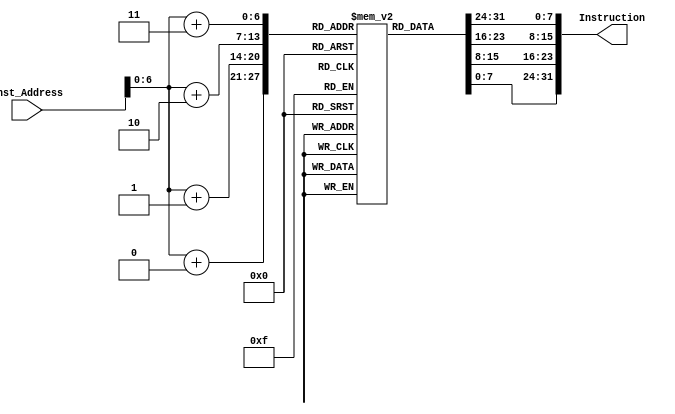
`timescale 1ns / 1ps

module Instruction_memory
(
input [63:0] Inst_Address,
output reg [31:0] Instruction
);
reg [7:0] inst_mem [87:0];// we will make it bigger as per the memory required
initial
begin
//addi x18 x0, 0
       {inst_mem[3], inst_mem[2], inst_mem[1], inst_mem[0]} = 32'h00000913;//4
//add x8, x0, x0
      {inst_mem[7], inst_mem[6], inst_mem[5], inst_mem[4]} =  32'h00000433;//8
//BEQ x8 x11 16
      {inst_mem[11], inst_mem[10], inst_mem[9], inst_mem[8]} = 32'h04b40863;//12
//add x29, x0, x8
      {inst_mem[15], inst_mem[14], inst_mem[13], inst_mem[12]} = 32'h00800eb3;//16
//add x19, x8, x0
      {inst_mem[19], inst_mem[18], inst_mem[17], inst_mem[16]} = 32'h000409b3;//20	
//add x19, x19, x19

      {inst_mem[23], inst_mem[22], inst_mem[21], inst_mem[20]} = 32'h013989b3;//24
//add x19, x19, x19
      {inst_mem[27], inst_mem[26], inst_mem[25], inst_mem[24]} = 32'h013989b3;//28
 //add x19, x19, x19
      {inst_mem[31], inst_mem[30], inst_mem[29], inst_mem[28]} = 32'h013989b3;//32
      
    // beq x29, x11, 0 
      {inst_mem[35], inst_mem[34], inst_mem[33], inst_mem[32]} = 32'h02be8663;//36
      
      //addi x29, x29, 1
      {inst_mem[39], inst_mem[38], inst_mem[37], inst_mem[36]} = 32'h001e8e93;//40	
      //addi x19, x19, 8
      {inst_mem[43], inst_mem[42], inst_mem[41], inst_mem[40]} = 32'h00898993;//44
      
      //ld x26, 0(x18)
      {inst_mem[47], inst_mem[46], inst_mem[45], inst_mem[44]} = 32'h00093d03;//48
      
      //ld x27, 0(x19)
      {inst_mem[51], inst_mem[50], inst_mem[49], inst_mem[48]} = 32'h0009bd83;//52
      
      //blt x26, x27, 8
      {inst_mem[55], inst_mem[54], inst_mem[53], inst_mem[52]} = 32'h01bd4463;//56
      
      //beq x0, x0, -24
      {inst_mem[59], inst_mem[58], inst_mem[57], inst_mem[56]} = 32'hfe0004e3;//60
      
      //add x5, x0, x26
      {inst_mem[63], inst_mem[62], inst_mem[61], inst_mem[60]} = 32'h01a002b3;//64
      
      //sd x27, 0(x18)
      {inst_mem[67], inst_mem[66], inst_mem[65], inst_mem[64]} = 32'h01b93023;//68
                                                                   
      //sd x5, 0(x19)
      {inst_mem[71], inst_mem[70], inst_mem[69], inst_mem[68]} = 32'h0059b023;//72
      
      //beq x0, x0, -20
      {inst_mem[75], inst_mem[74], inst_mem[73], inst_mem[72]} = 32'hfc000ce3;//76
      
      //addi x8, x8, 1
      {inst_mem[79], inst_mem[78], inst_mem[77], inst_mem[76]} = 32'h00140413;//80
      
      //addi x18, x18, 8
      {inst_mem[83], inst_mem[82], inst_mem[81], inst_mem[80]} = 32'h00890913;//84
      
      //beq x0, x0, -76
      {inst_mem[87], inst_mem[86], inst_mem[85], inst_mem[84]} = 32'hfa000ae3;//88
end
always @(Inst_Address)
begin
Instruction[7:0] = inst_mem[Inst_Address+0];
      Instruction[15:8] = inst_mem[Inst_Address+1];
      Instruction[23:16] = inst_mem[Inst_Address+2];
      Instruction[31:24] = inst_mem[Inst_Address+3];
end
endmodule



//`timescale 1ns / 1ps

//module Instruction_memory
//(
//input [63:0] Inst_Address,
//output reg [31:0] Instruction
//);
//reg [7:0] inst_mem [87:0]; // we will make it bigger as per the memory required
//initial
//begin
// // li x10, 0x100 #base address
//    {inst_mem[3],inst_mem[2],inst_mem[1],inst_mem[0]} = 32'h06000513;//4
//    // li x5, 4 #length
//    {inst_mem[7],inst_mem[6],inst_mem[5],inst_mem[4]} = 32'h00400293; //8
//    // li x22, 0 #i 
//    {inst_mem[11],inst_mem[10],inst_mem[9],inst_mem[8]} = 32'h00000b13; //12
////sort
////     beq x22, x5, exit
////    {inst_mem[15],inst_mem[14],inst_mem[13],inst_mem[12]} = 32'h045b0463; //16
//    // li x23, 0 #j
//    {inst_mem[15],inst_mem[14],inst_mem[13],inst_mem[12]} = 32'h00000b93; //16
//    //innerloop
//    // addi x17 x17 1
//    {inst_mem[19],inst_mem[18],inst_mem[17],inst_mem[16]} = 32'h00188893; //20
//    // slli x31 x23 2
//    {inst_mem[23],inst_mem[22],inst_mem[21],inst_mem[20]} = 32'h002b9f93; //24
//    // add x31 x10 x31
//    {inst_mem[27],inst_mem[26],inst_mem[25],inst_mem[24]} = 32'h01f50fb3; //28
//    // ld x27 0(x31)
//    {inst_mem[31],inst_mem[30],inst_mem[29],inst_mem[28]} = 32'h000fbd83; //32
//    // lw x28 4(x31)
//    {inst_mem[35],inst_mem[34],inst_mem[33],inst_mem[32]} = 32'h004fbe03; //36
////    // blt x28 x27 swap(24)
//    {inst_mem[39],inst_mem[38],inst_mem[37],inst_mem[36]} = 32'h01be5c63; //40
//    // addi x23 x23 1
//    {inst_mem[43],inst_mem[42],inst_mem[41],inst_mem[40]} = 32'h001b8b93; //44
//    // blt x23 x5 innerloop(-28)
//    {inst_mem[47],inst_mem[46],inst_mem[45],inst_mem[44]} = 32'hfe5bc2e3; //48
//    // addi x22 x22 1
//    {inst_mem[51],inst_mem[50],inst_mem[49],inst_mem[48]} = 32'h001b0b13; //52
//    // blt x22, x5, sort(-40)
//    {inst_mem[55],inst_mem[54],inst_mem[53],inst_mem[52]} = 32'hfc5b4ce3; //56
//    // beq x0, x0, exit(24)
//    {inst_mem[59],inst_mem[58],inst_mem[57],inst_mem[56]} = 32'h00000c63; //60
//    //swap:
//    // ld x8, 0(x31)
//    {inst_mem[63],inst_mem[62],inst_mem[61],inst_mem[60]} = 32'h000fb403; //64
//    // ld x9,4(x31)
//    {inst_mem[67],inst_mem[66],inst_mem[65],inst_mem[64]} = 32'h004fb483; //68
//    // sd x8, 4(x31)
//    {inst_mem[71],inst_mem[70],inst_mem[69],inst_mem[68]} = 32'h008fb223; //72
//    // sd x9, 0(x31)
//    {inst_mem[75],inst_mem[74],inst_mem[73],inst_mem[72]} = 32'h009fb023; //76
//    // beq x0, x0, sort(-64)
//    {inst_mem[79],inst_mem[78],inst_mem[77],inst_mem[76]} = 32'hfc0000e3; //80
//end
////extract the data as per the given index
//always @(Inst_Address)
//begin
//Instruction[7:0] = inst_mem[Inst_Address+0];
//Instruction[15:8] = inst_mem[Inst_Address+1];
//Instruction[23:16] = inst_mem[Inst_Address+2];
//Instruction[31:24] = inst_mem[Inst_Address+3];
//end
//endmodule